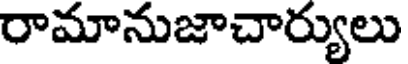
రామానుజాచార్యులు